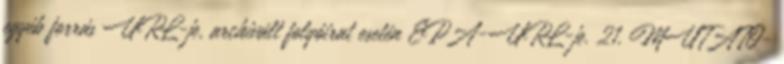
egyéb forrás URL-je, archivált folyóirat esetén EPA-URL-je. 21. MUTATÓ-